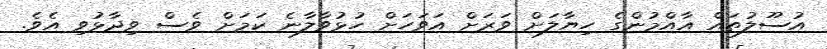
އުސޫލުތައް އާއްމުންގެ ހިޔާލަށް ވަރަށް އަވަހަށް ހުޅުވާލާނެ ކަމަށް ވެސް ވިދާޅުވި އެވެ.